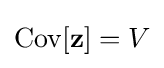
\operatorname {Cov} [\mathbf {z} ]=V